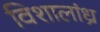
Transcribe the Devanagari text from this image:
विशालांध्र